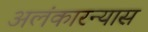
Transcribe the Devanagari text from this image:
अलंकारन्यास